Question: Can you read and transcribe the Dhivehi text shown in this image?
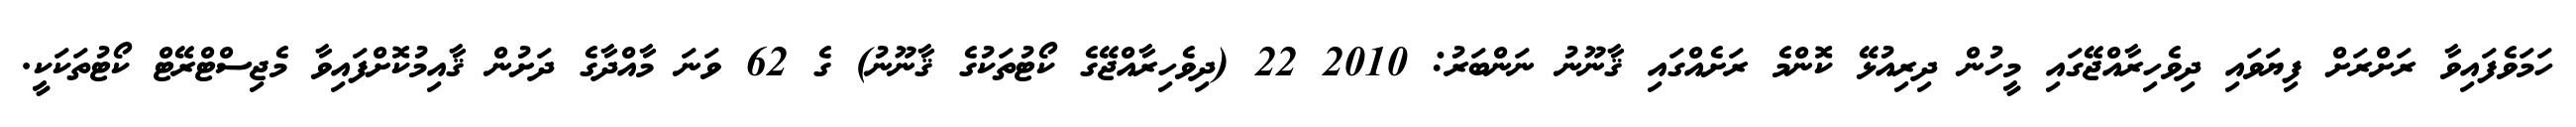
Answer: ހަމަވެފައިވާ ރަށްރަށް ފިޔަވައި ދިވެހިރާއްޖޭގައި މީހުން ދިރިއުޅޭ ކޮންމެ ރަށެއްގައި ޤާނޫނު ނަންބަރު: 2010 22 (ދިވެހިރާއްޖޭގެ ކޯޓުތަކުގެ ޤާނޫނު) ގެ 62 ވަނަ މާއްދާގެ ދަށުން ޤާއިމުކޮށްފައިވާ މެޖިސްޓްރޭޓް ކޯޓުތަކަކީ.